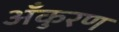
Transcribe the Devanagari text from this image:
अँकुरण